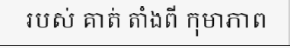
របស់ គាត់ តាំងពី កុមាភាព